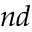
^ { n d }